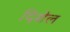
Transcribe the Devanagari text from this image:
दिशेल